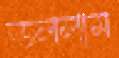
ডললাম